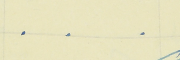
.    .    .